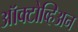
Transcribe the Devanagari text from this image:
ऑक्टोव्हिअन